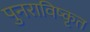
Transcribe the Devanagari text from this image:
पुनराविष्कृत